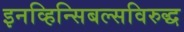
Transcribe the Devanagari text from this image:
इनव्हिन्सिबल्सविरुद्ध